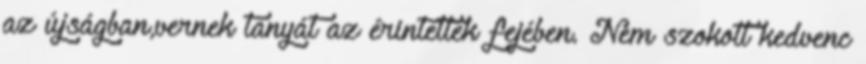
az újságban,vernek tanyát az érintettek fejében. Nem szokott kedvenc